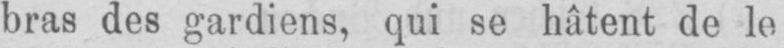
bras des gardiens, qui se hâtent de le